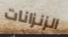
الزنزانات